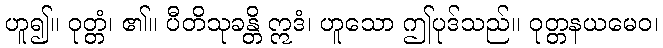
ဟူ၍။ ဝုတ္တံ၊ ၏။ ပီတိသုခန္တိ ဣဒံ၊ ဟူသော ဤပုဒ်သည်။ ဝုတ္တနယမေဝ၊